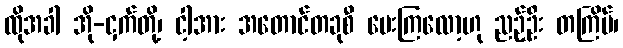
ထိုအခါ အို-ငှက်တို့၊ ငါ့အား အတောင်တခုစီ ပေးကြလော့ဟု ညဉ့်ဦး တကြိမ်၊